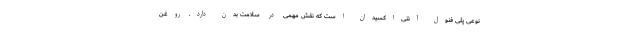
نوعی پلی فنول آنتی‌اکسیدان است که نقش مهمی در سلامت بدن دارد. روغن